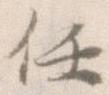
任